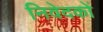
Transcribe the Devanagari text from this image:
निवेदकों